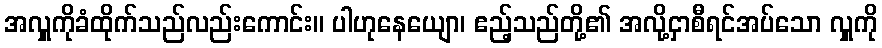
အလှူကိုခံထိုက်သည်လည်းကောင်း။ ပါဟုနေယျော၊ ဧည့်သည်တို့၏ အလို့ငှာစီရင်အပ်သော လှူကို